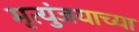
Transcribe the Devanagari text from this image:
मृत्युंजयाच्या